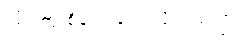
ကြူကြူစိန်က ပြောလိုက်သည်။